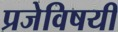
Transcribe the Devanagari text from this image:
प्रजेविषयीं